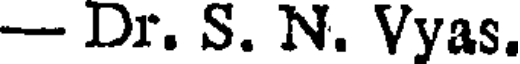
- Dr. S. N. Vyas.